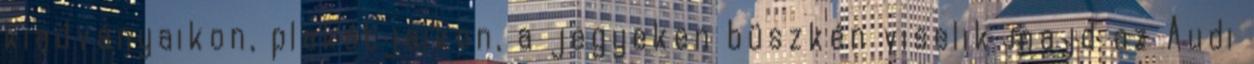
kiadványaikon, plakátjaikon, a jegyeken büszkén viselik majd az Audi